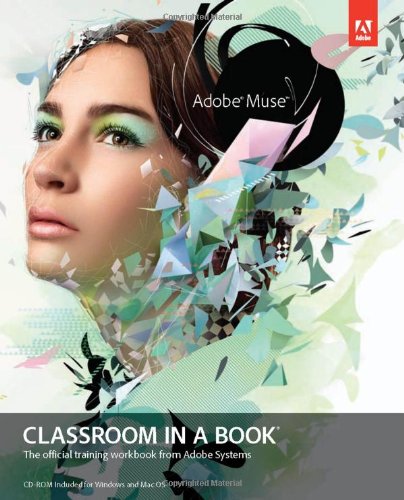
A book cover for Adobe Muse Classroom in a Book (Classroom in a Book (Adobe)); Adobe Creative Team; Computers & Technology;